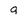
Character: 9